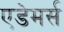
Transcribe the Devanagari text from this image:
एडेमर्स